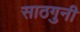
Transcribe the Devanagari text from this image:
साठगुनी